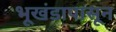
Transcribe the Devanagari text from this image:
भूखंडापासून